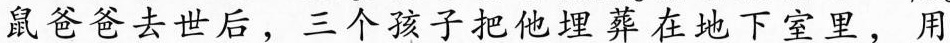
鼠爸爸去世后，三个孩子把他埋葬在地下室里，用